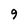
Character: 9